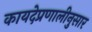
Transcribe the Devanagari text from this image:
कायदेप्रणालीनुसार